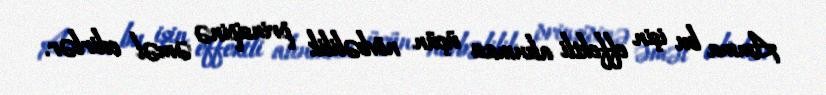
Amma bu işin effektli alınması üçün növbəlilik prinsipinə əməl edirlər.